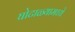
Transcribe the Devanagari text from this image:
घोटाळ्यामध्ये